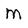
Character: M